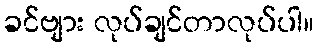
ခင်ဗျား လုပ်ချင်တာလုပ်ပါ။